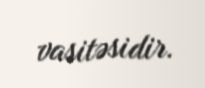
vasitəsidir.